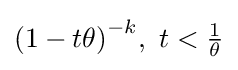
{\left(1-t\theta \right)}^{-k},~t<{\tfrac {1}{\theta }}